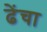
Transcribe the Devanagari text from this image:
ढेंचा